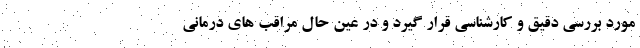
مورد بررسی دقیق و کارشناسی قرار گیرد و در عین حال مراقب های درمانی